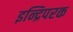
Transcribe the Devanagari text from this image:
इन्द्रिपरक